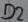
Text: D2